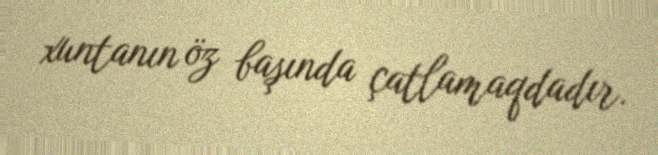
xuntanın öz başında çatlamaqdadır.